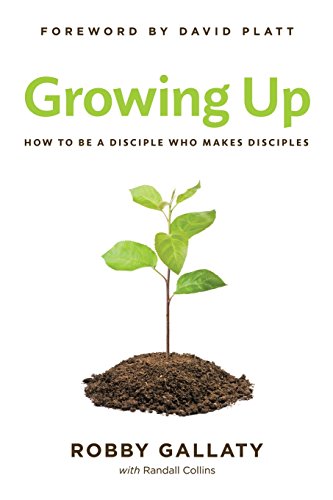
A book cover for Growing Up: How to Be a Disciple Who Makes Disciples; Robby Gallaty; Christian Books & Bibles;